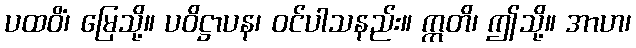
ပထဝိံ၊ မြေသို့။ ပဝိဋ္ဌာပန၊ ဝင်ပါသနည်း။ ဣတိ၊ ဤသို့။ အာဟ၊